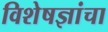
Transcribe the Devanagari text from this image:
विशेषज्ञांचा